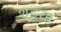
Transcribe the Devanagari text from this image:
शङ्कया